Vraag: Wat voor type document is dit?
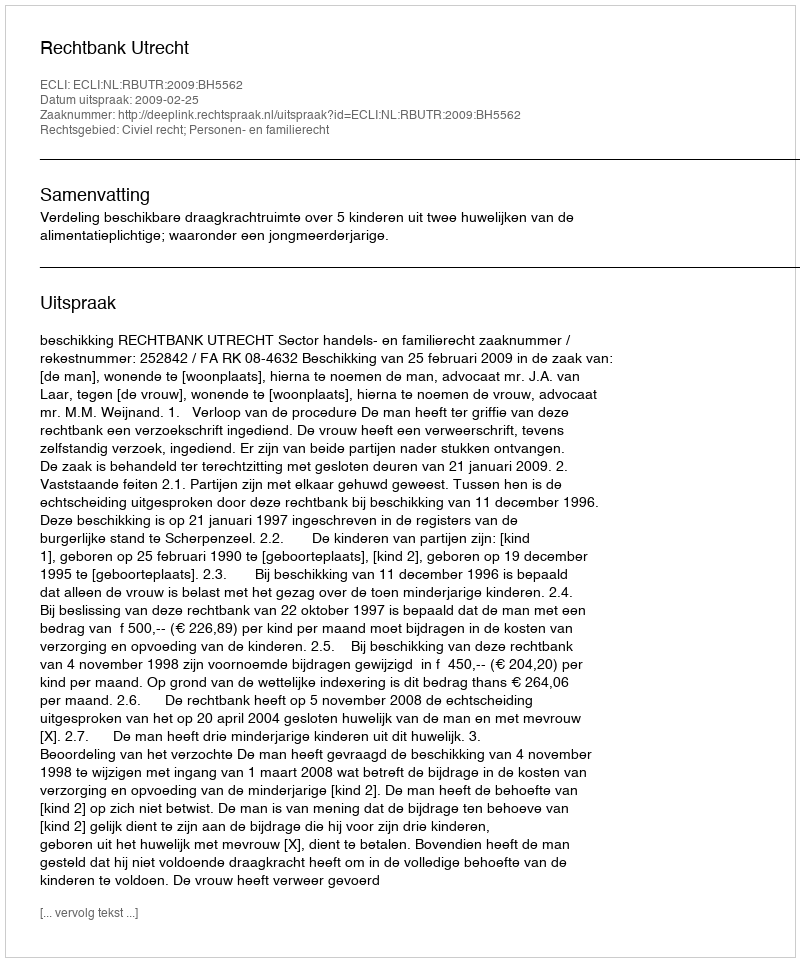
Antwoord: Uitspraak